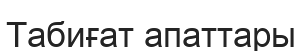
Табиғат апаттары